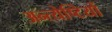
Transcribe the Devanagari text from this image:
अन्त्येष्टियों